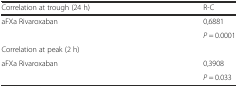
| Correlation at trough (24 h) | R-C |
 | --- | --- |
 | aFXa Rivaroxaban | 0,6881 |
 |  | P = 0.0001 |
 | Correlation at peak (2 h) |  |
 | aFXa Rivaroxaban | 0,3908 |
 |  | P = 0.033 |